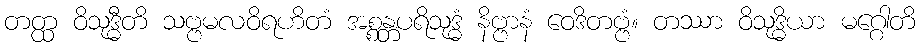
တတ္ထ ဝိသုဒ္ဓီတိ သဗ္ဗမလဝိရဟိတံ အစ္စန္တပရိသုဒ္ဓံ နိဗ္ဗာနံ ဝေဒိတဗ္ဗံ။ တဿာ ဝိသုဒ္ဓိယာ မဂ္ဂေါတိ